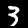
Digit: 3